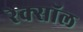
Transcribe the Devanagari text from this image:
रेक्सॉल